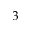
3